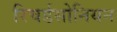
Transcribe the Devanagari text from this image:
रिचर्डसोनियन